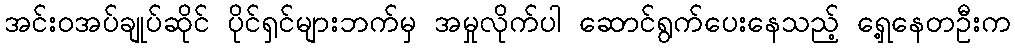
အင်းဝအပ်ချုပ်ဆိုင် ပိုင်ရှင်များဘက်မှ အမှုလိုက်ပါ ဆောင်ရွက်ပေးနေသည့် ရှေ့နေတဦးက